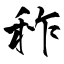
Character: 秨